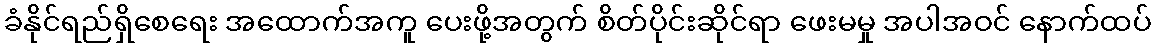
ခံနိုင်ရည်ရှိစေရေး အထောက်အကူ ပေးဖို့အတွက် စိတ်ပိုင်းဆိုင်ရာ ဖေးမမှု အပါအဝင် နောက်ထပ်